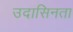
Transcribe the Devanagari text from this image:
उदासिनता